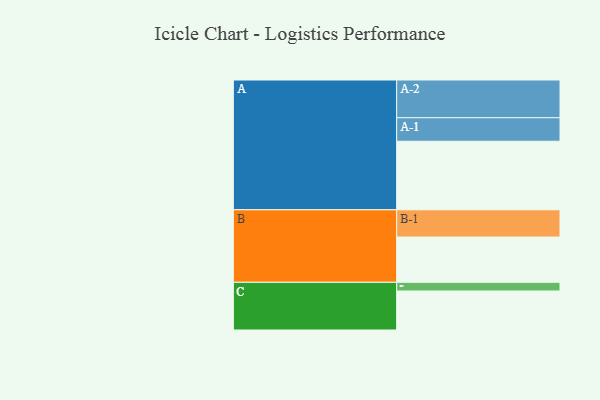
{"axis": {"x": "Segment", "y": "Value"}, "legend": ["", "A", "B", "C"], "data": [{"x": "A", "y": 536, "type": ""}, {"x": "B", "y": 354, "type": ""}, {"x": "C", "y": 305, "type": ""}, {"x": "A-1", "y": 184, "type": "A"}, {"x": "A-2", "y": 295, "type": "A"}, {"x": "B-1", "y": 213, "type": "B"}, {"x": "C-1", "y": 68, "type": "C"}]}